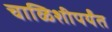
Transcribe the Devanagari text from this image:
चाळिशीपर्यंत